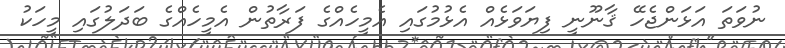
ނުވަތަ އަޅަންޖެހޭ ޤާނޫނީ ފިޔަވަޅެއް އެޅުމުގައި އެމީހެއްގެ ފަރާތުން އެމީހެއްގެ ބަދަލުގައި މީހަކު